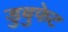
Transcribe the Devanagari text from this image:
डुबुफेट